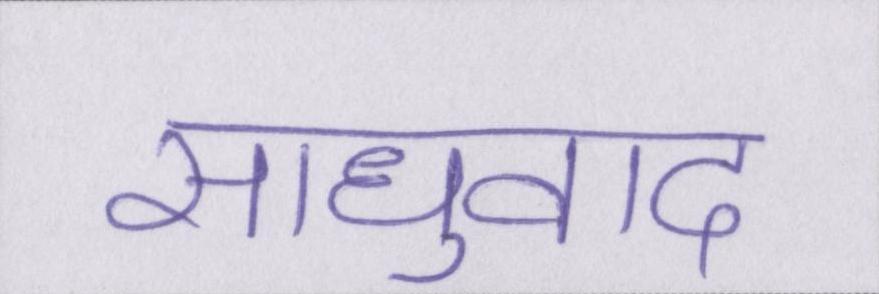
साधुवाद